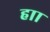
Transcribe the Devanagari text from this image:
हाा